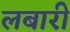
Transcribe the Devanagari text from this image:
लबारी